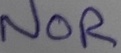
Text: NOR